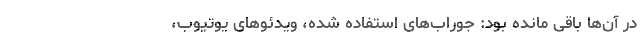
در آن‌ها باقی مانده بود: جوراب‌های استفاده شده، ویدئوهای یوتیوب،